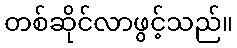
တစ်ဆိုင်လာဖွင့်သည်။